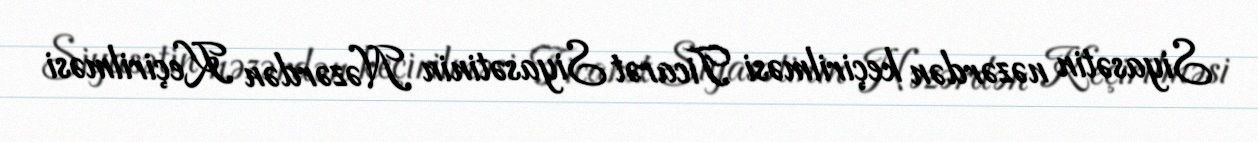
Siyasətin nəzərdən keçirilməsi Ticarət Siyasətinin Nəzərdən Keçirilməsi